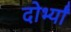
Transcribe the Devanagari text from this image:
दोर्भ्यां